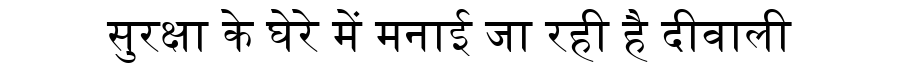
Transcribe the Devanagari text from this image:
सुरक्षा के घेरे में मनाई जा रही है दीवाली